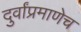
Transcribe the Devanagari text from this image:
दुर्वांप्रमाणेच